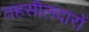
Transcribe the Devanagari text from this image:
तहसीलदारों